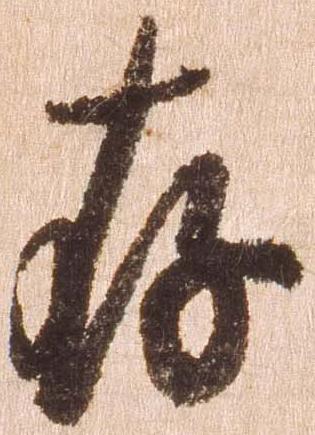
存